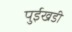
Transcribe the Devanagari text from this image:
पुईखडी